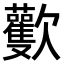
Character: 𣤾